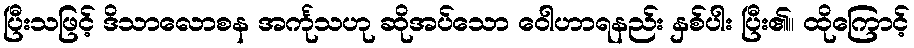
ပြီးသဖြင့် ဒိသာလောစန အင်္ကုသဟု ဆိုအပ်သော ဝေါဟာရနည်း နှစ်ပါး ပြီး၏။ ထိုကြောင့်